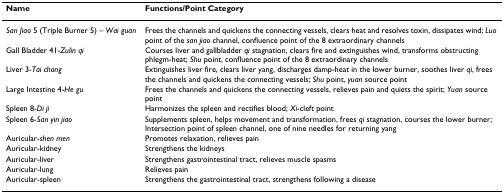
<table><thead><tr><td><b>Name</b></td><td><b>Functions/Point Category</b></td></tr></thead><tbody><tr><td><i>San Jiao </i>5 (Triple Burner 5) – <i>Wai guan</i></td><td>Frees the channels and quickens the connecting vessels, clears heat and resolves toxin, dissipates wind; <i>Luo </i>point of the <i>san jiao </i>channel, confluence point of the 8 extraordinary channels</td></tr><tr><td>Gall Bladder 41-<i>Zulin qi</i></td><td>Courses liver and gallbladder <i>qi </i>stagnation, clears fire and extinguishes wind, transforms obstructing phlegm-heat; <i>Shu </i>point, confluence point of the 8 extraordinary channels</td></tr><tr><td>Liver 3-<i>Tai chong</i></td><td>Extinguishes liver fire, clears liver yang, discharges damp-heat in the lower burner, soothes liver <i>qi</i>, frees the channels and quickens the connecting vessels; <i>Shu </i>point, <i>yuan </i>source point</td></tr><tr><td>Large Intestine 4-<i>He gu</i></td><td>Frees the channels and quickens the connecting vessels, relieves pain and quiets the spirit; <i>Yuan </i>source point</td></tr><tr><td>Spleen 8-<i>Di ji</i></td><td>Harmonizes the spleen and rectifies blood; <i>Xi</i>-cleft point</td></tr><tr><td>Spleen 6-<i>San yin jiao</i></td><td>Supplements spleen, helps movement and transformation, frees <i>qi </i>stagnation, courses the lower burner; Intersection point of spleen channel, one of nine needles for returning yang</td></tr><tr><td>Auricular-<i>shen men</i></td><td>Promotes relaxation, relieves pain</td></tr><tr><td>Auricular-kidney</td><td>Strengthens the kidneys</td></tr><tr><td>Auricular-liver</td><td>Strengthens gastrointestinal tract, relieves muscle spasms</td></tr><tr><td>Auricular-lung</td><td>Relieves pain</td></tr><tr><td>Auricular-spleen</td><td>Strengthens the gastrointestinal tract, strengthens following a disease</td></tr></tbody></table>